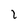
Character: 1